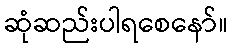
ဆုံဆည်းပါရစေနော်။